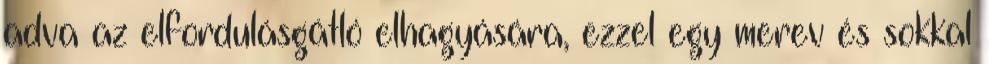
adva az elfordulásgátló elhagyására, ezzel egy merev és sokkal